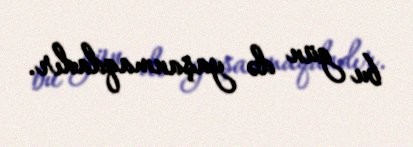
bu gün də yaşanmaqdadır.